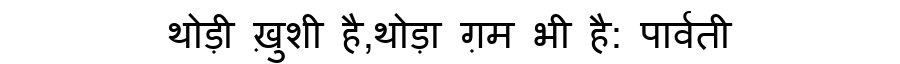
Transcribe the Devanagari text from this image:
थोड़ी ख़ुशी है,थोड़ा ग़म भी है: पार्वती